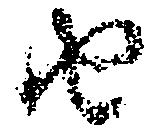
由